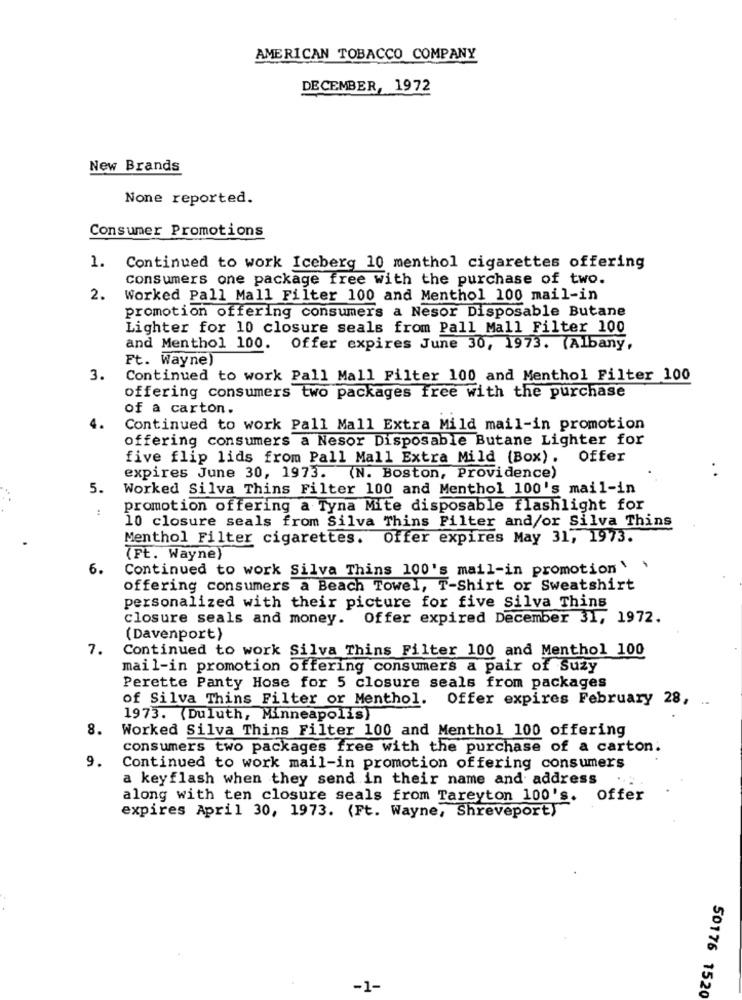
AMERICAN TOBACCO COMPANY
DECEMBER, 1972
New Brands
None reported.
Consumer Promotions
1. Continued to work Iceberg 10 menthol cigarettes offering
Consumers one package free with the purchase of two.
2.
Worked Pall Mall Filter 100 and Menthol 100 mail-in
promotion offering consumers a Nesor Disposable Butane
Lighter for 10 closure seals from Pall Mall Filter 100
and Menthol 100. Offer expires June 30, 1973. (Albany,
Ft. Wayne)
3.
Continued to work Pall Mall Filter 100 and Menthol Filter 100
offering consumers two packages free with the purchase
of a carton.
Continued to work Pall Mall Extra Mild mail-in promotion
offering consumers a Nesor Disposable Butane Lighter for
five flip lids from Pall Mall Extra Mild (Box).
Offer
expires June 30, 1973. (N. Boston, Providence)
5.
Worked Silva Thins Filter 100 and Menthol 100's mail-in
.4
promotion offering a Tyna Mite disposable flashlight for
10 closure seals from Silva Thins Filter and/or Silva Thins
Menthol Filter cigarettes.
Offer expires May 31, 1973.
(Ft. Wayne)
6.
Continued to work Silva Thins 100's mail-in promotion '
offering consumers a Beach Towel, T-Shirt or Sweatshirt
personalized with their picture for five Silva Thins
closure seals and money.
Offer expired December 31, 1972.
(Davenport)
7.
Continued to work Silva Thins Filter 100 and Menthol 100
mail-in promotion offering consumers a pair of Suzy
Perette Panty Hose for 5 closure seals from packages
of Silva Thins Filter or Menthol. Offer expires February 28,
1973. (Duluth, Minneapolis)
8.
Worked Silva Thins Filter 100 and Menthol 100 offering
consumers two packages free with the purchase of a carton:
9.
Continued to work mail-in promotion offering consumers
a keyflash when they send in their name and address
along with ten closure seals from Tareyton 100's.
offer
expires April 30, 1973. (Ft. Wayne, Shreveport)
-1-
50176 1520